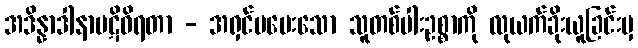
အဒိန္နာဒါနာပဋိဝိရတာ - အရှင်မပေးသော သူတစ်ပါးဥစ္စာကို လုယက်ခိုးယူခြင်းမှ